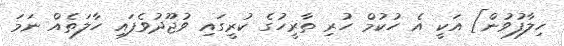
ހިލާފުވުން] އަކީ އެ ހުކުމް ހުރި ތާރީހުގެ ކުރީގައި ވުޖޫދުވެފައި ހާލަތެއް ނަމަ